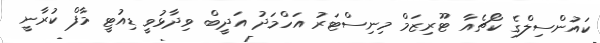
ކައުންސިލްގެ ކޯޗެއާ ޓޫރިޒަމް މިނިސްޓަރު އަހްމަދު އަދީބް ވިދާޅުވީ ޑިއުޓީ މާފް ކުރާނީ